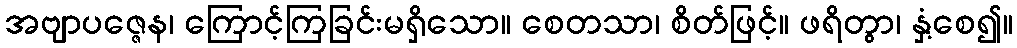
အဗျာပဇ္ဇေန၊ ကြောင့်ကြခြင်းမရှိသော။ စေတသာ၊ စိတ်ဖြင့်။ ဖရိတွာ၊ နှံ့စေ၍။